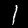
Label: 1